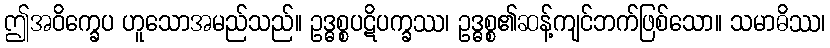
ဤအဝိက္ခေပ ဟူသောအမည်သည်။ ဥဒ္ဓစ္စပဋိပက္ခဿ၊ ဥဒ္ဓစ္စ၏ဆန့်ကျင်ဘက်ဖြစ်သော။ သမာဓိဿ၊